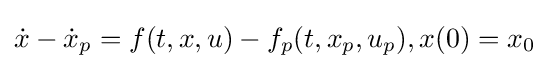
{\dot {x}}-{\dot {x}}_{p}=f(t,x,u)-f_{p}(t,x_{p},u_{p}),x(0)=x_{0}